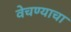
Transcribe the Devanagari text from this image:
वेचण्याचा